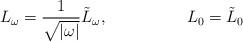
LaTeX: \begin{align*}L_\omega = \frac{1}{\sqrt{|\omega|}} \tilde{L}_\omega , \hspace{20mm} L_0 = \tilde{L}_0\end{align*}